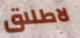
لاطلاق